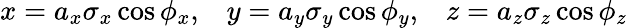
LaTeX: x=a_{x}\sigma_{x}\cos\phi_{x},\; \; \; y=a_{y}\sigma_{y}\cos\phi_{y},\; \; \; z=a_{z}\sigma_{z}\cos\phi_{z}